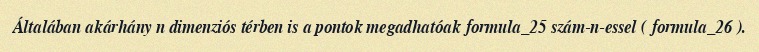
Általában akárhány n dimenziós térben is a pontok megadhatóak formula_25 szám-n-essel ( formula_26 ).